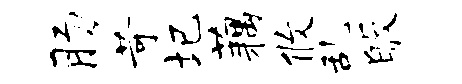
肠苛圮藕攸乱皈